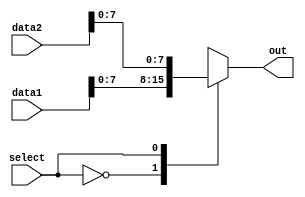
`timescale 1ns / 1ps
//////////////////////////////////////////////////////////////////////////////////
//////////////////////////////////////////////////////////////////////////////////


module Mux2to1(input[8:0] data1, input[8:0] data2, input select, output reg[7:0] out);
    always @ (select, data1, data2) begin
        case (select)
            0 : out <= data1[7:0];
            1 : out <= data2[7:0];
        endcase   
    end     
endmodule